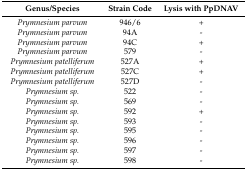
| Genus/Species | Strain Code | Lysis with PpDNAV |
 | --- | --- | --- |
 | Prymnesium parvum | 946/6 | + |
 | Prymnesium parvum | 94A | - |
 | Prymnesium parvum | 94C | + |
 | Prymnesium parvum | 579 | - |
 | Prymnesium patelliferum | 527A | + |
 | Prymnesium patelliferum | 527C | + |
 | Prymnesium patelliferum | 527D | - |
 | Prymnesium sp. | 522 | - |
 | Prymnesium sp. | 569 | - |
 | Prymnesium sp. | 592 | + |
 | Prymnesium sp. | 593 | - |
 | Prymnesium sp. | 595 | - |
 | Prymnesium sp. | 596 | - |
 | Prymnesium sp. | 597 | - |
 | Prymnesium sp. | 598 | - |